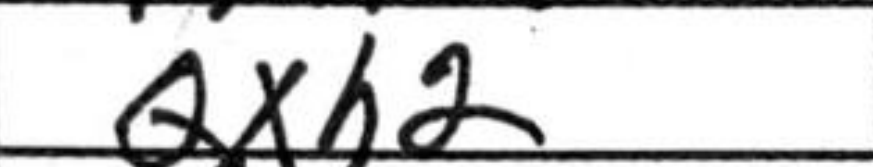
Transcription: Qxh2